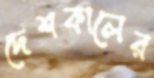
দেশকালের